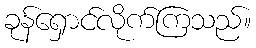
ခုန်ရှောင်လိုက်ကြသည်။